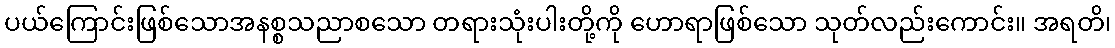
ပယ်ကြောင်းဖြစ်သောအနစ္စသညာစသော တရားသုံးပါးတို့ကို ဟောရာဖြစ်သော သုတ်လည်းကောင်း။ အရတိ၊